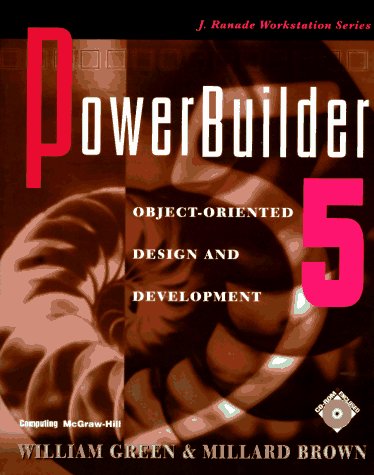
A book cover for Powerbuilder 5: Object-Oriented Design and Development (Workstation); William Green; Computers & Technology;